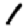
Digit: 1